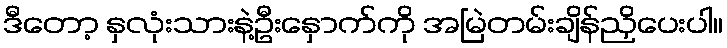
ဒီတော့ နှလုံးသားနဲ့ဦးနှောက်ကို အမြဲတမ်းချိန်ညှိပေးပါ။